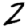
Digit: 2